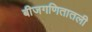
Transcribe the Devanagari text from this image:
बीजगणितातली